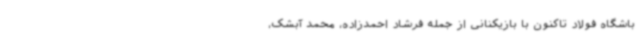
باشگاه فولاد تاکنون با بازیکنانی از جمله فرشاد احمدزاده، محمد آبشک،